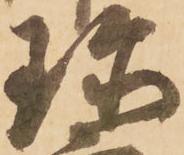
珍